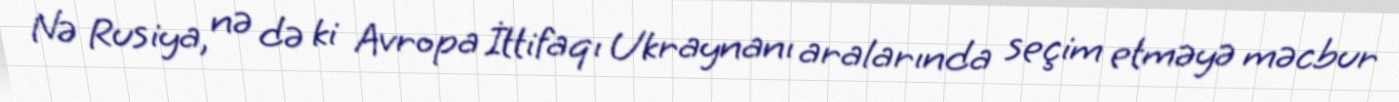
Nə Rusiya, nə də ki Avropa İttifaqı Ukraynanı aralarında seçim etməyə məcbur